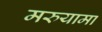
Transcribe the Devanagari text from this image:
मरुयामा